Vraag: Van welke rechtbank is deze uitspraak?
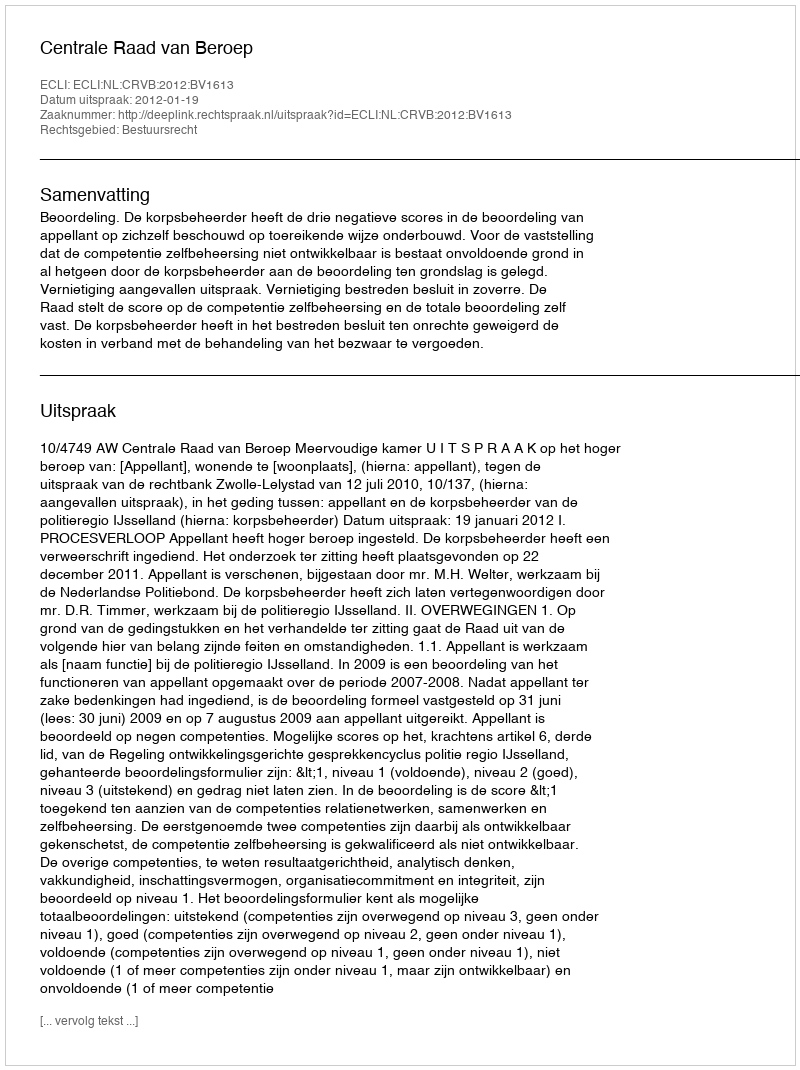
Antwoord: Centrale Raad van Beroep